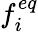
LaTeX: f_{i}^{eq}